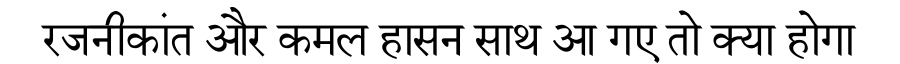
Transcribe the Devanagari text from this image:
रजनीकांत और कमल हासन साथ आ गए तो क्या होगा